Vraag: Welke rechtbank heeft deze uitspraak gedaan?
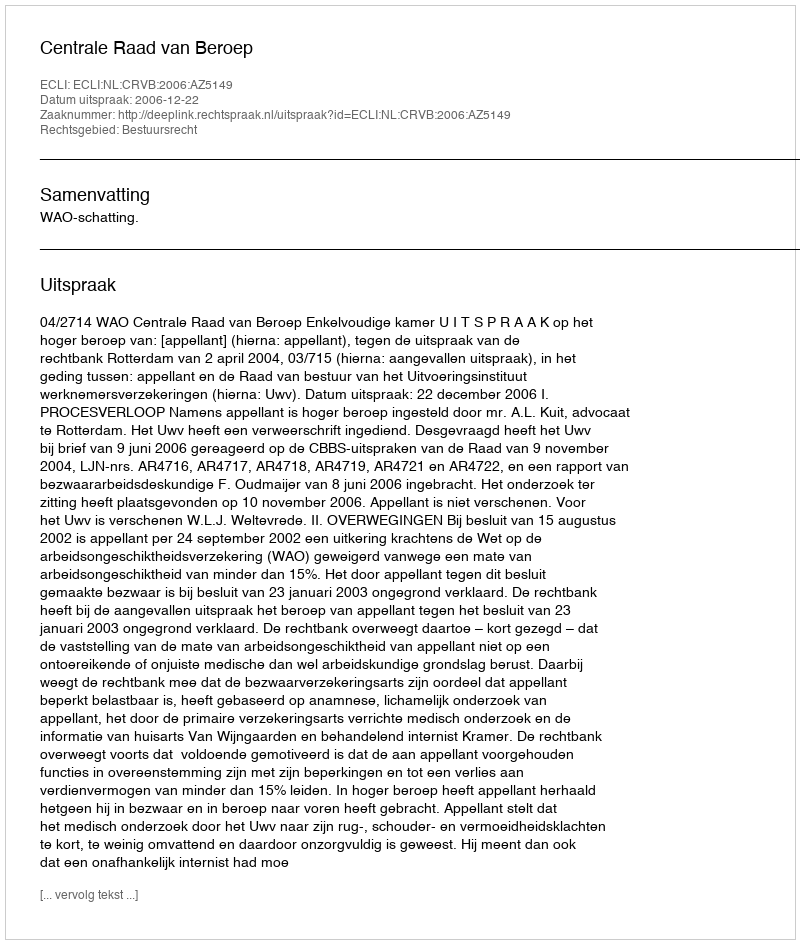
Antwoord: Centrale Raad van Beroep